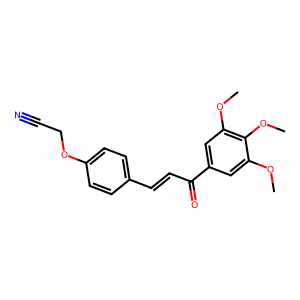
SMILES: COc1cc(C(=O)C=Cc2ccc(OCC#N)cc2)cc(OC)c1OC
Inhibits HIV replication: No